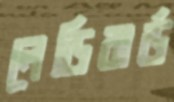
লেডিবার্ড